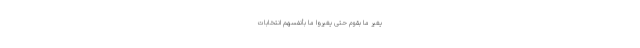
یُغَیِّرُ مَا بِقَومٍ حَتَّی یُغَیِّرُواْ مَا بِأَنفُسِهِم انتخابات